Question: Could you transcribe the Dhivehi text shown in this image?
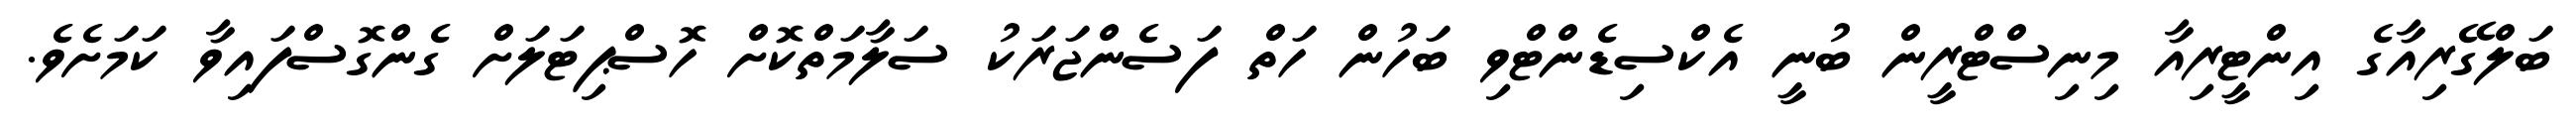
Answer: ބަލްގޭރިއާގެ އިންޓީރިއާ މިނިސްޓްރީން ބުނީ އެކްސިޑެންޓްވި ބަހުން ހަތް ފަސެންޖަރަކު ސަލާމަތްކޮށް ހޮސްޕިޓަލަށް ގެންގޮސްފައިވާ ކަމަށެވެ.